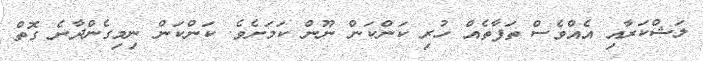
ލަޝްކަރާއި އެއްވެސް ތަފާތެއް ހުރި ކަންކަން ނޫން ކަމަށެވެ. ކަންކަން ނިމިގެންދާނެ ގޮތް